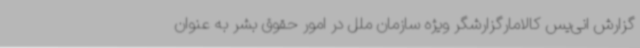
گزارش انی‌یس کالامارگزارشگر ویژه سازمان ملل در امور حقوق بشر به عنوان